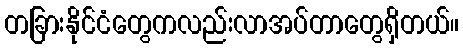
တခြားနိုင်ငံတွေကလည်းလာအပ်တာတွေရှိတယ်။